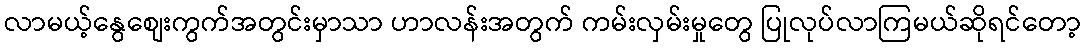
လာမယ့်နွေစျေးကွက်အတွင်းမှာသာ ဟာလန်းအတွက် ကမ်းလှမ်းမှုတွေ ပြုလုပ်လာကြမယ်ဆိုရင်တော့